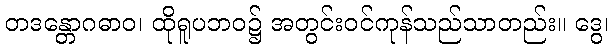
တဒန္တောဂဓာဝ၊ ထိုရူပဘဝ၌ အတွင်းဝင်ကုန်သည်သာတည်း။ ဒွေ၊